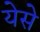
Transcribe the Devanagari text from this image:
येसे